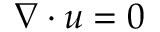
\nabla \cdot u = 0